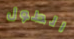
الطول